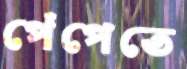
পেঁপেতে